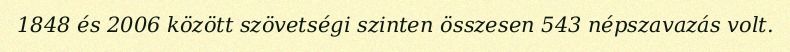
1848 és 2006 között szövetségi szinten összesen 543 népszavazás volt.